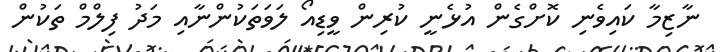
ނާޒިމާ ކައިވެނި ކޮށްގެން އުޅެނީ ކުރިން ވީޑިއޯ ލަވަތަކުންނާއި މަދު ފިލްމް ތަކުން